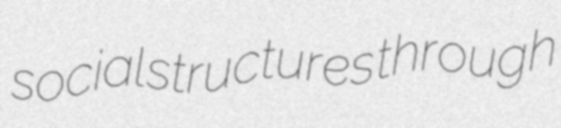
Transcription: social structures  through